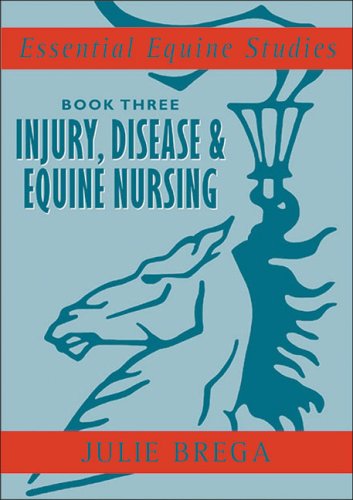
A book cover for Injury, Disease & Nursing (Essential Equine Studies) (Bk. 3); Julie Brega; Medical Books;